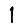
Digit: 1